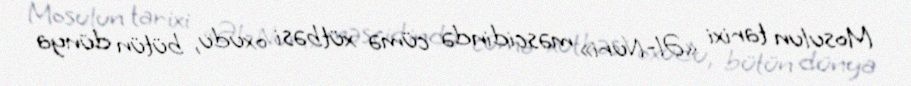
Mosulun tarixi «Əl-Nuri» məscidində cümə xütbəsi oxudu, bütün dünya